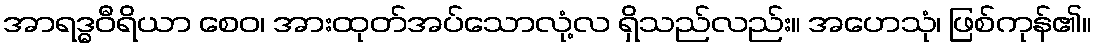
အာရဒ္ဓဝီရိယာ စေဝ၊ အားထုတ်အပ်သောလုံ့လ ရှိသည်လည်း။ အဟေသုံ၊ ဖြစ်ကုန်၏။